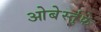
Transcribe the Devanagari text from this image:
ओबेर्स्तुफे